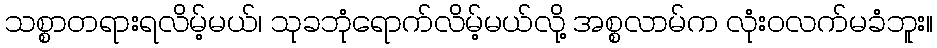
သစ္စာတရားရလိမ့်မယ်၊ သုခဘုံရောက်လိမ့်မယ်လို့ အစ္စလာမ်က လုံးဝလက်မခံဘူး။